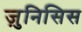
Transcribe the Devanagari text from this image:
ज़ुनिसिस